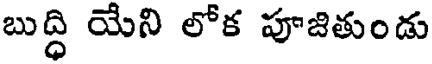
బుద్ధి యేని లోక పూజితుండు